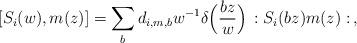
LaTeX: \begin{align*}[S_i(w),m(z)]=\sum_{b}d_{i,{m},b}w^{-1}\delta\Bigl(\frac{bz}{w}\Bigr) \,:S_i(bz)m(z): \,,\end{align*}